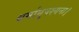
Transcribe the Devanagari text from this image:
धर्मानुपश्यना।